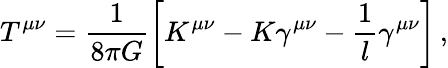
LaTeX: T^{\mu\nu}=\frac{1}{8\pi G}\left[K^{\mu\nu}-K\gamma^{\mu\nu}-\frac 1l\gamma^{\mu\nu}\right]\, ,